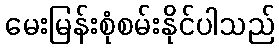
မေးမြန်းစုံစမ်းနိုင်ပါသည်